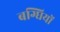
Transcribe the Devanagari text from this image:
बग्घियों